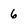
Character: 6